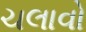
ચલાવો